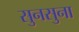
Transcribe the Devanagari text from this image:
सुनसुना